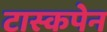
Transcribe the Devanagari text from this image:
टास्कपेन